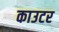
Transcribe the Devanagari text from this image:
काउटर